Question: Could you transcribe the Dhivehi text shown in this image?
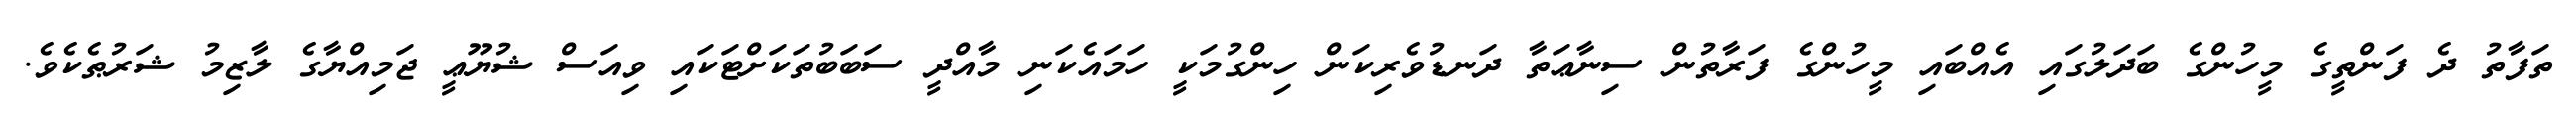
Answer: ތަފާތު ދެ ފަންތީގެ މީހުންގެ ބަދަލުގައި އެއްބައި މީހުންގެ ފަރާތުން ސިނާޢަތާ ދަނޑުވެރިކަން ހިންގުމަކީ ހަމައެކަނި މާއްދީ ސަބަބުތަކަށްޓަކައި ވިއަސް ޝުޔޫޢީ ޖަމިއްޔާގެ ލާޒިމު ޝަރުޠެކެވެ.